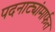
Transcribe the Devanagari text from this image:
पदनाट्यांमार्फत